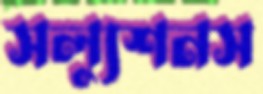
সল্যুশনস